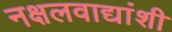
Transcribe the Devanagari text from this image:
नक्षलवाद्यांशी